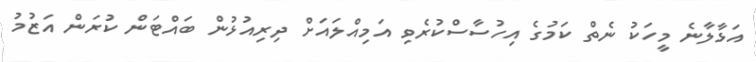
އަޅާލާނެ މީހަކު ނެތް ކަމުގެ އިހުސާސްކުރެވި އަމިއްލައަށް ދިރިއުޅުން ބައްޓަން ކުރަން އަޒުމު